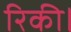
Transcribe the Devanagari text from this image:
रिकी।